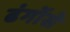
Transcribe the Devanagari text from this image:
ढंगोंसे